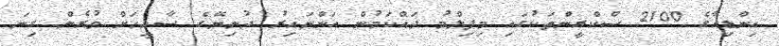
އިންޑިއާގެ 2100 ސްކްރީންތަކުގައި މިފިލްމު ދައްކަމުން އަންނައިރު ދުނިޔޭގެ ސާޅީހަށް ވުރެން ގިނަ